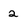
Character: 2